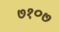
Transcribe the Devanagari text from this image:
७१०७